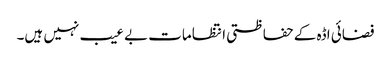
فضائی اڈہ کے حفاظتی انتظامات بے عیب نہیں ہیں۔